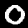
Digit: 0